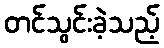
တင်သွင်းခဲ့သည့်